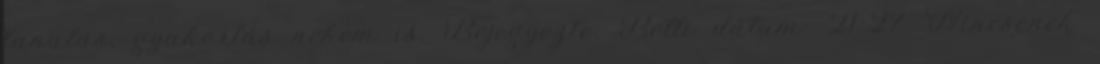
tanulás, gyakorlás nekem is. Bejegyezte: Betti dátum: 21:27 Nincsenek